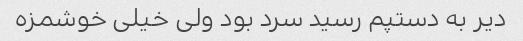
دیر به دستپم رسید سرد بود ولی خیلی خوشمزه